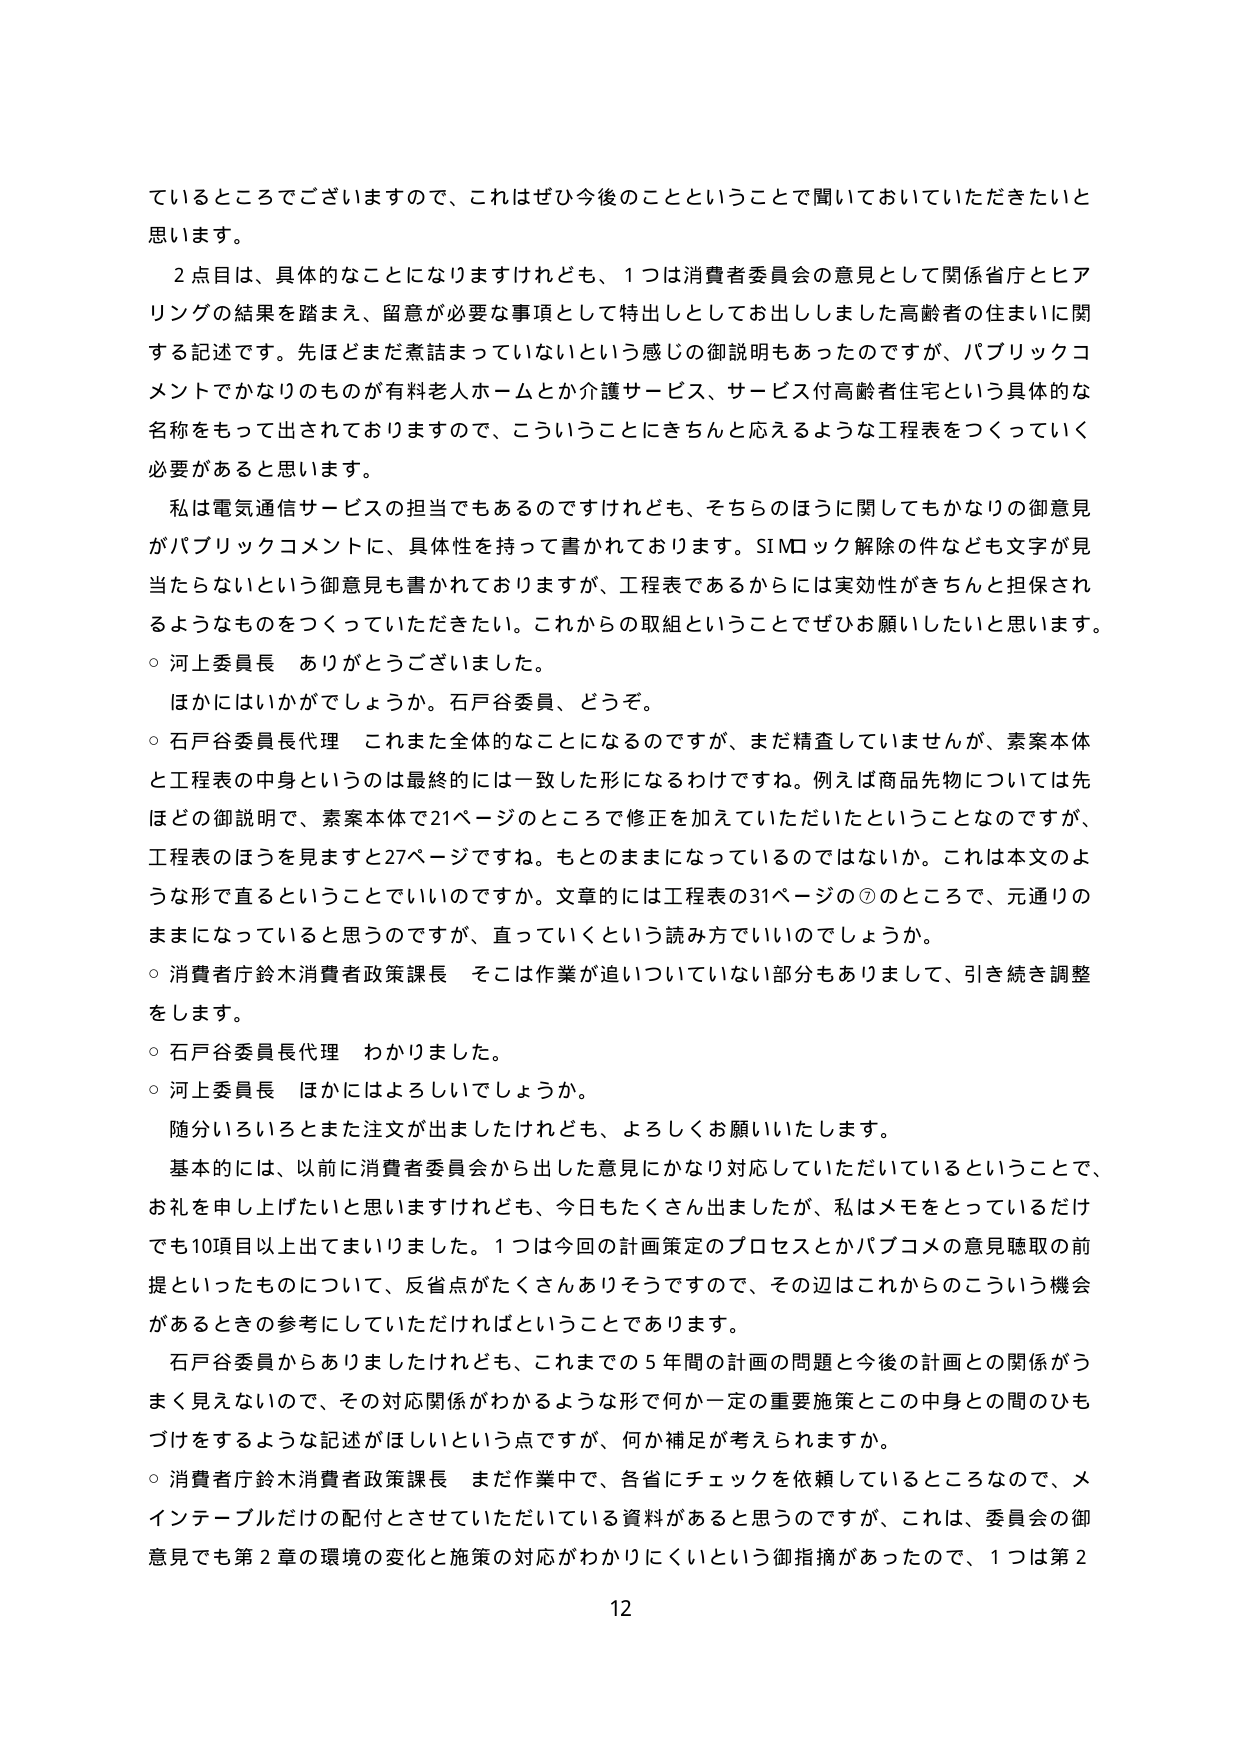
ているところでございますので、これはぜひ今後のことということで聞いておいていただきたいと思います。

２点目は、具体的なことになりますけれども、１つは消費者委員会の意見として関係省庁とヒアリングの結果を踏まえ、留意が必要な事項として特出しとしてお出ししました高齢者の住まいに関する記述です。先ほどまだ煮詰まっていないという感じの御説明もあったのですが、パブリックコメントでかなりのものが有料老人ホームとか介護サービス、サービス付高齢者住宅という具体的な名称をもって出されておりますので、こういうことにきちんと応えるような工程表をつくっていく必要があると思います。

私は電気通信サービスの担当でもあるのですけれども、そちらのほうに関してもかなりの御意見がパブリックコメントに、具体性を持って書かれております。SIMロック解除の件なども文字が見当たらないという御意見も書かれておりますが、工程表であるからには実効性がきちんと担保されるようなものを作っていただきたい。これからの取組ということでぜひお願いしたいと思います。

○ 河上委員長 ありがとうございました。

ほかにはいかがでしょうか。石戸谷委員、どうぞ。

○ 石戸谷委員長代理 これまた全体的なことになるのですが、まだ精査していませんが、素案本体と工程表の中身というのは最終的には一致した形になるわけですね。例えば商品先物については先ほどの御説明で、素案本体で21ページのところで修正を加えていただいたということなのですが、工程表のほうを見ますと27ページですね。もとのままになっているのではないか。これは本文のような形で直るということっていいのですか。文章的には工程表の31ページの⑦のところで、元通りのままになっていると思うのですが、直っていくという読み方でいいのでしょうか。

○ 消費者庁鈴木消費者政策課長 そこは作業が追いついていない部分もありまして、引き続き調整をします。

○ 石戸谷委員長代理 わかりました。

○ 河上委員長 ほかにはよろしいでしょうか。

随分いろいろとまた注文が出ましたけれども、よろしくお願いいたします。

基本的には、以前に消費者委員会から出した意見にかなり対応していただいているということで、お礼を申し上げたいと思いますけれども、今日もたくさん出ましたが、私はメモをとっていただけでも10項目以上出てまいりました。１つは今回の計画策定のプロセスとかパブコメの意見聴取の前提といったものについて、反省点がたくさんありそうですので、その辺はこれからのこういう機会があるときの参考にしていただければということであります。

石戸谷委員からありましたけれども、これまでの５年間の計画の問題と今後の計画との関係がうまく見えないので、その対応関係がわかるような形で何か一定の重要施策とこの中身との間のひもづけをするような記述がほしいという点ですが、何か補足が考えられますか。

○ 消費者庁鈴木消費者政策課長 まだ作業中で、各省にチェックを依頼しているところなので、メインテーブルだけの配付とさせていただいている資料があると思うのですが、これは、委員会の御意見でも第２章の環境の変化と施策の対応がわかりにくいという御指摘があったので、１つは第２

12